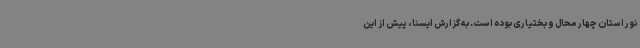
نور استان چهار محال و بختیاری بوده است. به گزارش ایسنا، پیش از این